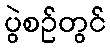
ပွဲစဉ်တွင်